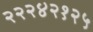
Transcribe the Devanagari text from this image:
२२२४२१२५